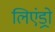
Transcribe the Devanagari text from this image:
लिएंड्रो